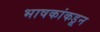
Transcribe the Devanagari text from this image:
भाषकांकडून